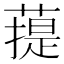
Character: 䔶